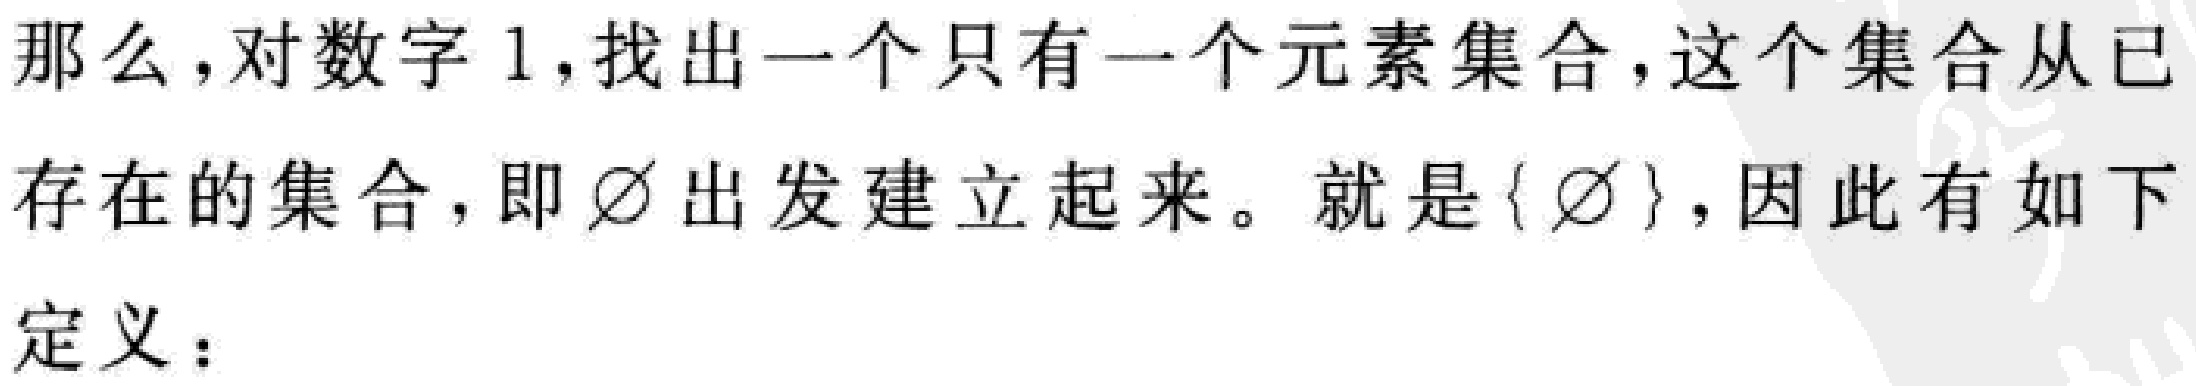
那么，对数字 1，找出一个只有一个元素集合，这个集合从已
存在的集合，即$\varnothing$出发建立起来。就是$\{\varnothing\}$，因此有如下
定义：